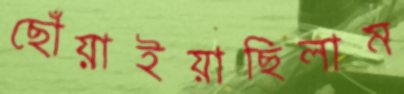
ছোঁয়াইয়াছিলাম